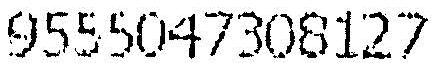
9555047308127